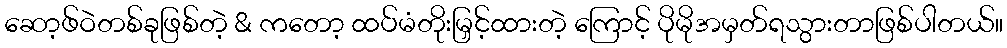
ဆော့ဖ်ဝဲတစ်ခုဖြစ်တဲ့ & ကတော့ ထပ်မံတိုးမြှင့်ထားတဲ့ ကြောင့် ပိုမိုအမှတ်ရသွားတာဖြစ်ပါတယ်။